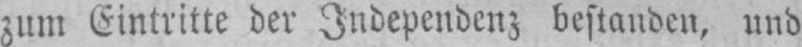
zum Eintritte der Independenz bestanden, und